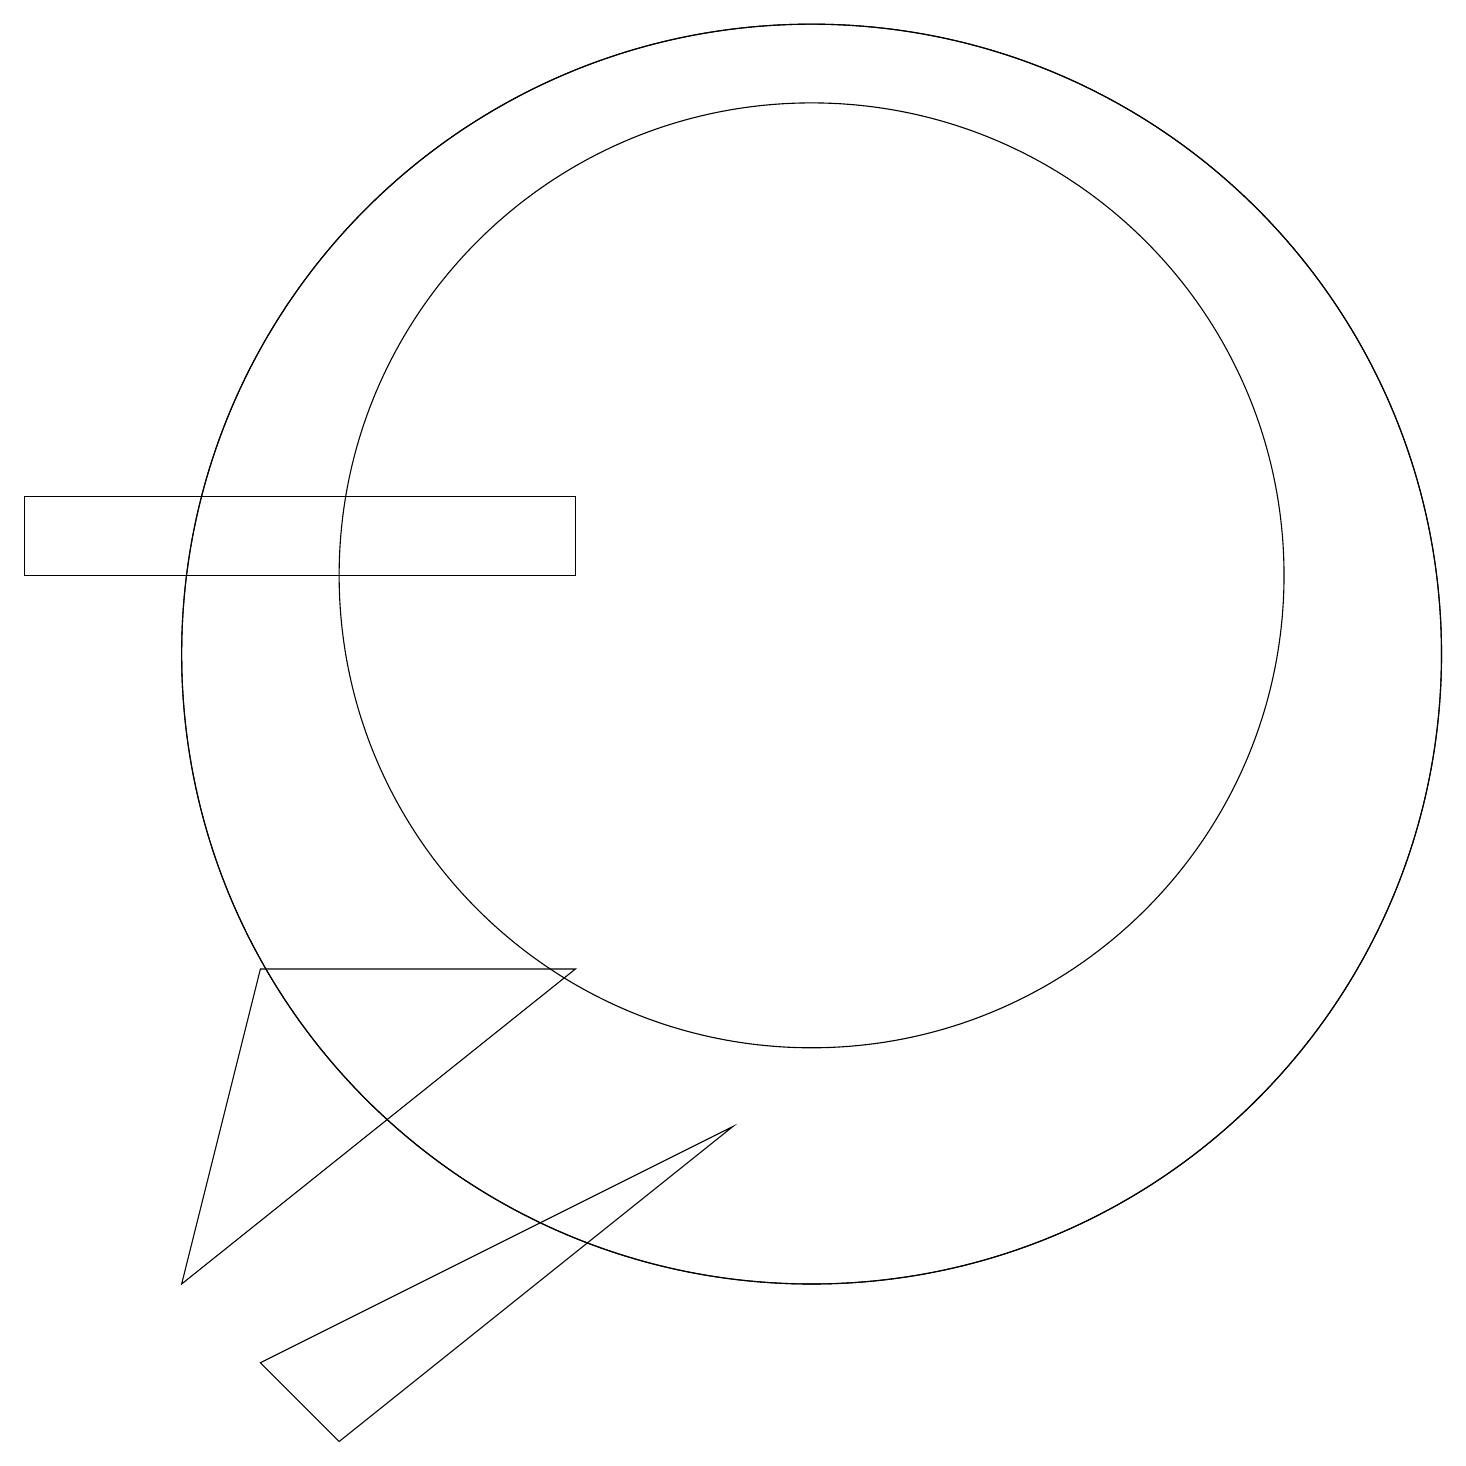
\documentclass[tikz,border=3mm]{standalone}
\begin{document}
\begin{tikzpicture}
\draw (10,11) circle (6);
\draw (0,11) rectangle (7,12);
\draw (10,10) circle (8);
\draw (9,4) -- (4,0) -- (3,1) -- cycle;
\draw (2,2) -- (3,6) -- (7,6) -- cycle;
\draw (10,10) circle (8);
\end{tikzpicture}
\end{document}